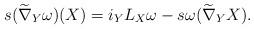
LaTeX: \begin{align*}s(\widetilde{\nabla}_Y\omega)(X)=i_YL_X\omega -s\omega(\widetilde{\nabla}_YX).\end{align*}